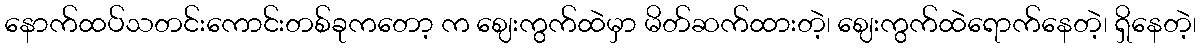
နောက်ထပ်သတင်းကောင်းတစ်ခုကတော့ က ဈေးကွက်ထဲမှာ မိတ်ဆက်ထားတဲ့၊ ဈေးကွက်ထဲရောက်နေတဲ့၊ ရှိနေတဲ့၊